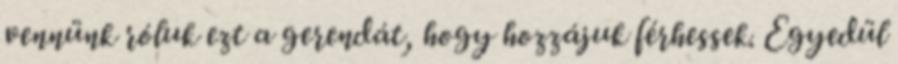
vennünk róluk ezt a gerendát, hogy hozzájuk férhessek. Egyedül